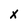
Character: x